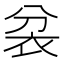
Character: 𮕮